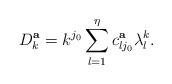
LaTeX: \begin{align*} D^{\bf a}_k=k^{j_{0}}\sum_{l=1}^\eta c^{\bf a}_{lj_{0}}\lambda^k_l. \end{align*}